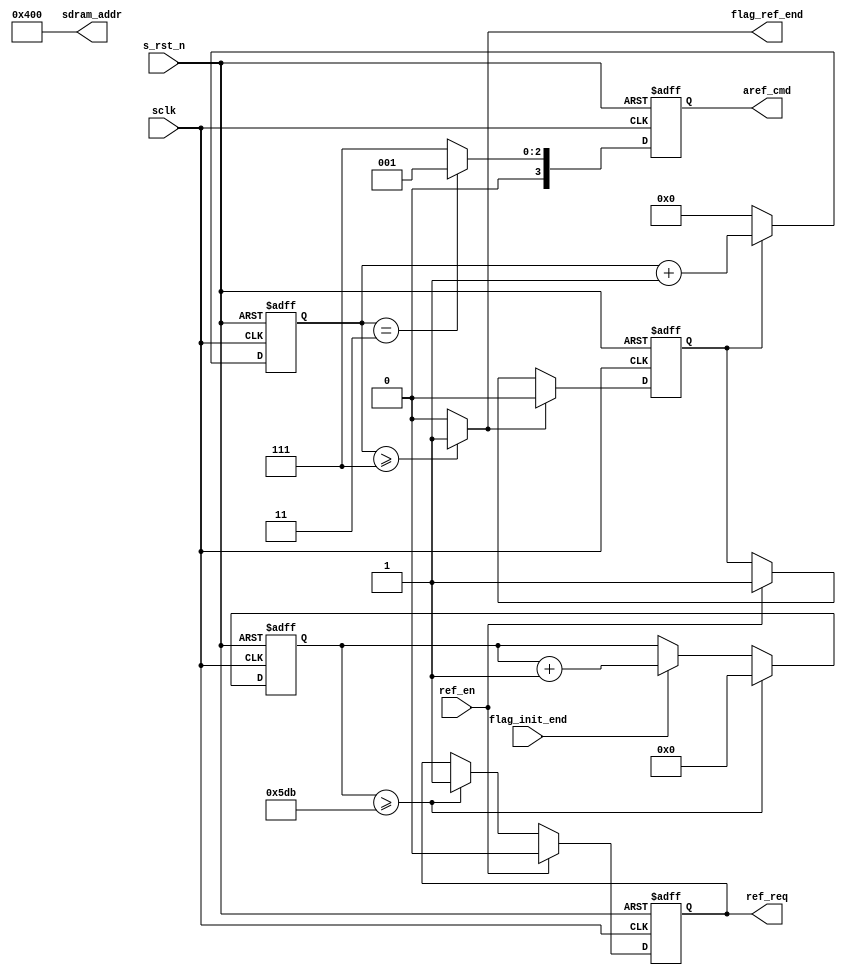
module  sdram_aref(
        // system signals
        input                   sclk                    ,
        input                   s_rst_n                 ,
        // communicate with ARBIT
        input                   ref_en                  ,
        output  reg             ref_req                 ,
        output  wire            flag_ref_end            ,
        // others
        output  reg     [ 3:0]  aref_cmd                ,
        output  wire    [12:0]  sdram_addr              ,
        input                   flag_init_end           
);

//================================================================\
// ********* Define Parameter and Internal Signals *********
//================================================================/
localparam      DELAY_15US      =       1499                     ;
localparam      CMD_AREF        =       4'b0001                 ;
localparam      CMD_NOP         =       4'b0111                 ;
localparam      CMD_PRE         =       4'b0010                 ;

reg     [ 3:0]                  cmd_cnt                         ;
reg     [ 10:0]                  ref_cnt                         ;
reg                             flag_ref                        ;

//==========================================================================
// ****************     Main    Code    **************
//==========================================================================
always  @(posedge sclk or negedge s_rst_n) begin
        if(s_rst_n == 1'b0)
                ref_cnt <=      'd0;
        else if(ref_cnt >= DELAY_15US)
                ref_cnt <=      'd0;
        else if(flag_init_end == 1'b1)
                ref_cnt <=      ref_cnt + 1'b1;
end

always  @(posedge sclk or negedge s_rst_n) begin
        if(s_rst_n == 1'b0)
                flag_ref        <=      1'b0;
        else if(flag_ref_end == 1'b1)
                flag_ref        <=      1'b0;
        else if(ref_en == 1'b1)
                flag_ref        <=      1'b1;
end

always  @(posedge sclk or negedge s_rst_n) begin
        if(s_rst_n == 1'b0)
                cmd_cnt <=      'd0;
        else if(flag_ref == 1'b1)
                cmd_cnt <=      cmd_cnt + 1'b1;
        else 
                cmd_cnt <=      'd0;
end

always  @(posedge sclk or negedge s_rst_n) begin
        if(s_rst_n == 1'b0)
                aref_cmd        <=      CMD_NOP;
        else if(cmd_cnt == 'd3)
                aref_cmd        <=      CMD_AREF;
        else
                aref_cmd        <=      CMD_NOP;
end

always  @(posedge sclk or negedge s_rst_n) begin
        if(s_rst_n == 1'b0)
                ref_req <=      1'b0;
        else if(ref_en == 1'b1)
                ref_req <=      1'b0;
        else if(ref_cnt >= DELAY_15US)
                ref_req <=      1'b1;
end
assign  flag_ref_end    =       (cmd_cnt >= 'd7) ? 1'b1 : 1'b0;
assign  sdram_addr      =       13'b0_0100_0000_0000;

endmodule